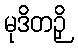
မုဒိတဉှိ